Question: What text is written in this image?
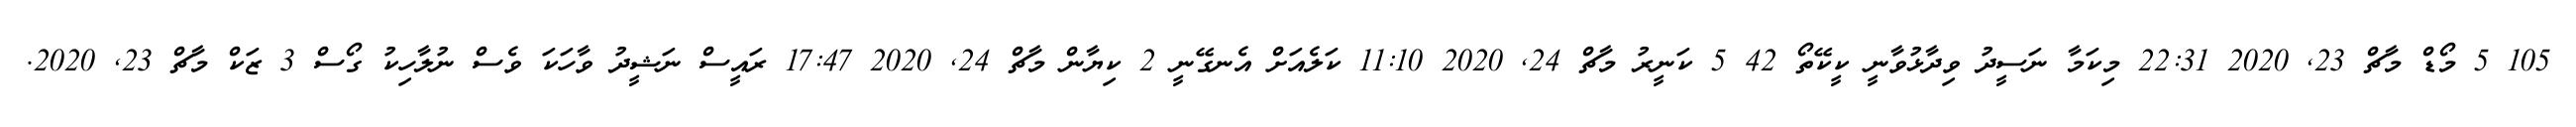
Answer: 105 5 މޯޑް މާޗް 23, 2020 22:31 މިކަމާ ނަސީދު ވިދާޅުވާނީ ކީކޭތޯ 42 5 ކަނީރު މާޗް 24, 2020 11:10 ކަލެއަށް އެނގޭނީ 2 ކިޔާން މާޗް 24, 2020 17:47 ރައީސް ނަޝީދު ވާހަކަ ވެސް ނުލާހިކު ގޯސް 3 ޒަކް މާޗް 23, 2020.